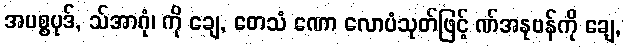
အပစ္စပုဒ်, သ်အာဂုံ၊ ကို ချေ, တေသံ ဏော လောပံသုတ်ဖြင့် ဏ်အနုဗန်ကို ချေ,